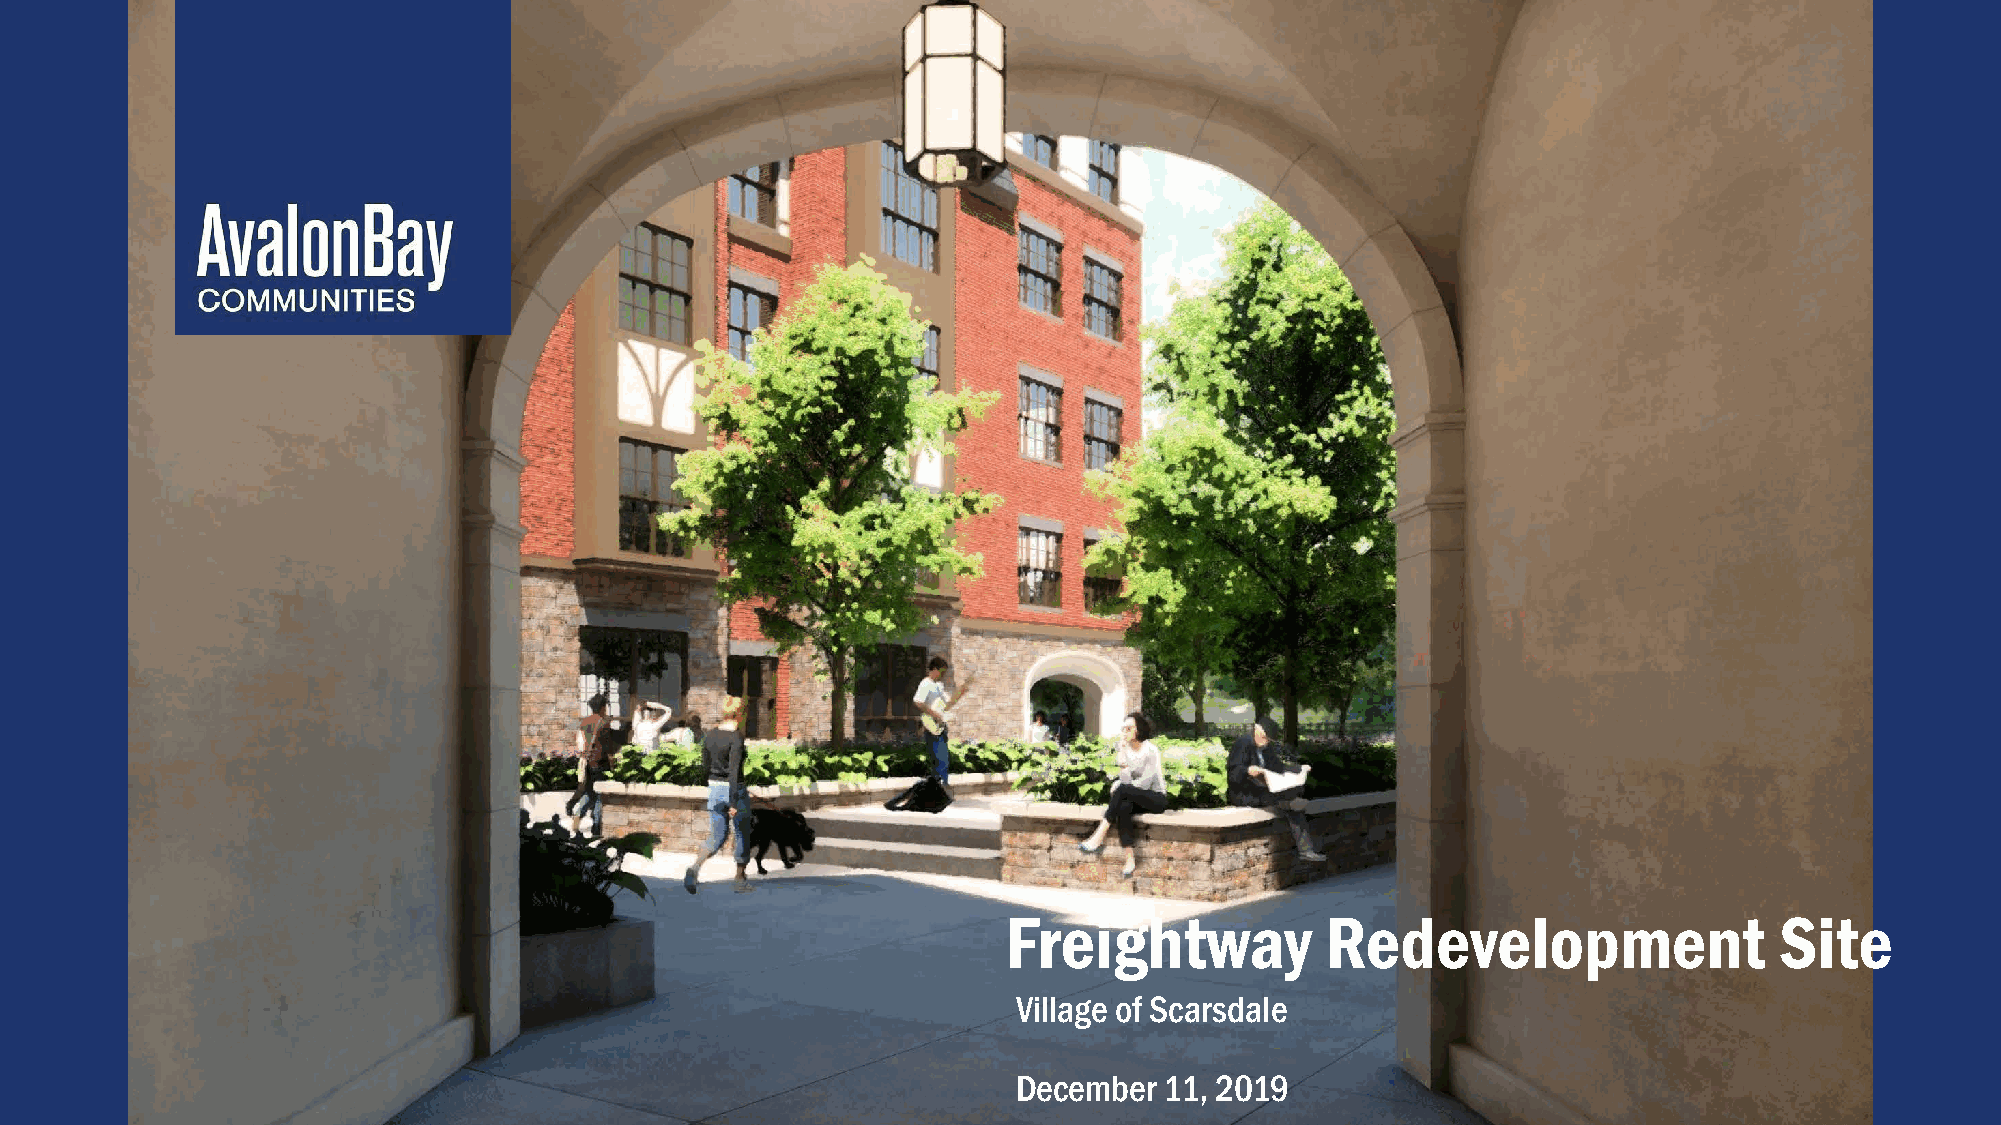
Freightway           Redevelopment                 Site
 Village of Scarsdale
 December  11, 2019